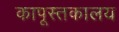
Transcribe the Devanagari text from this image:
कापूस्तकालय